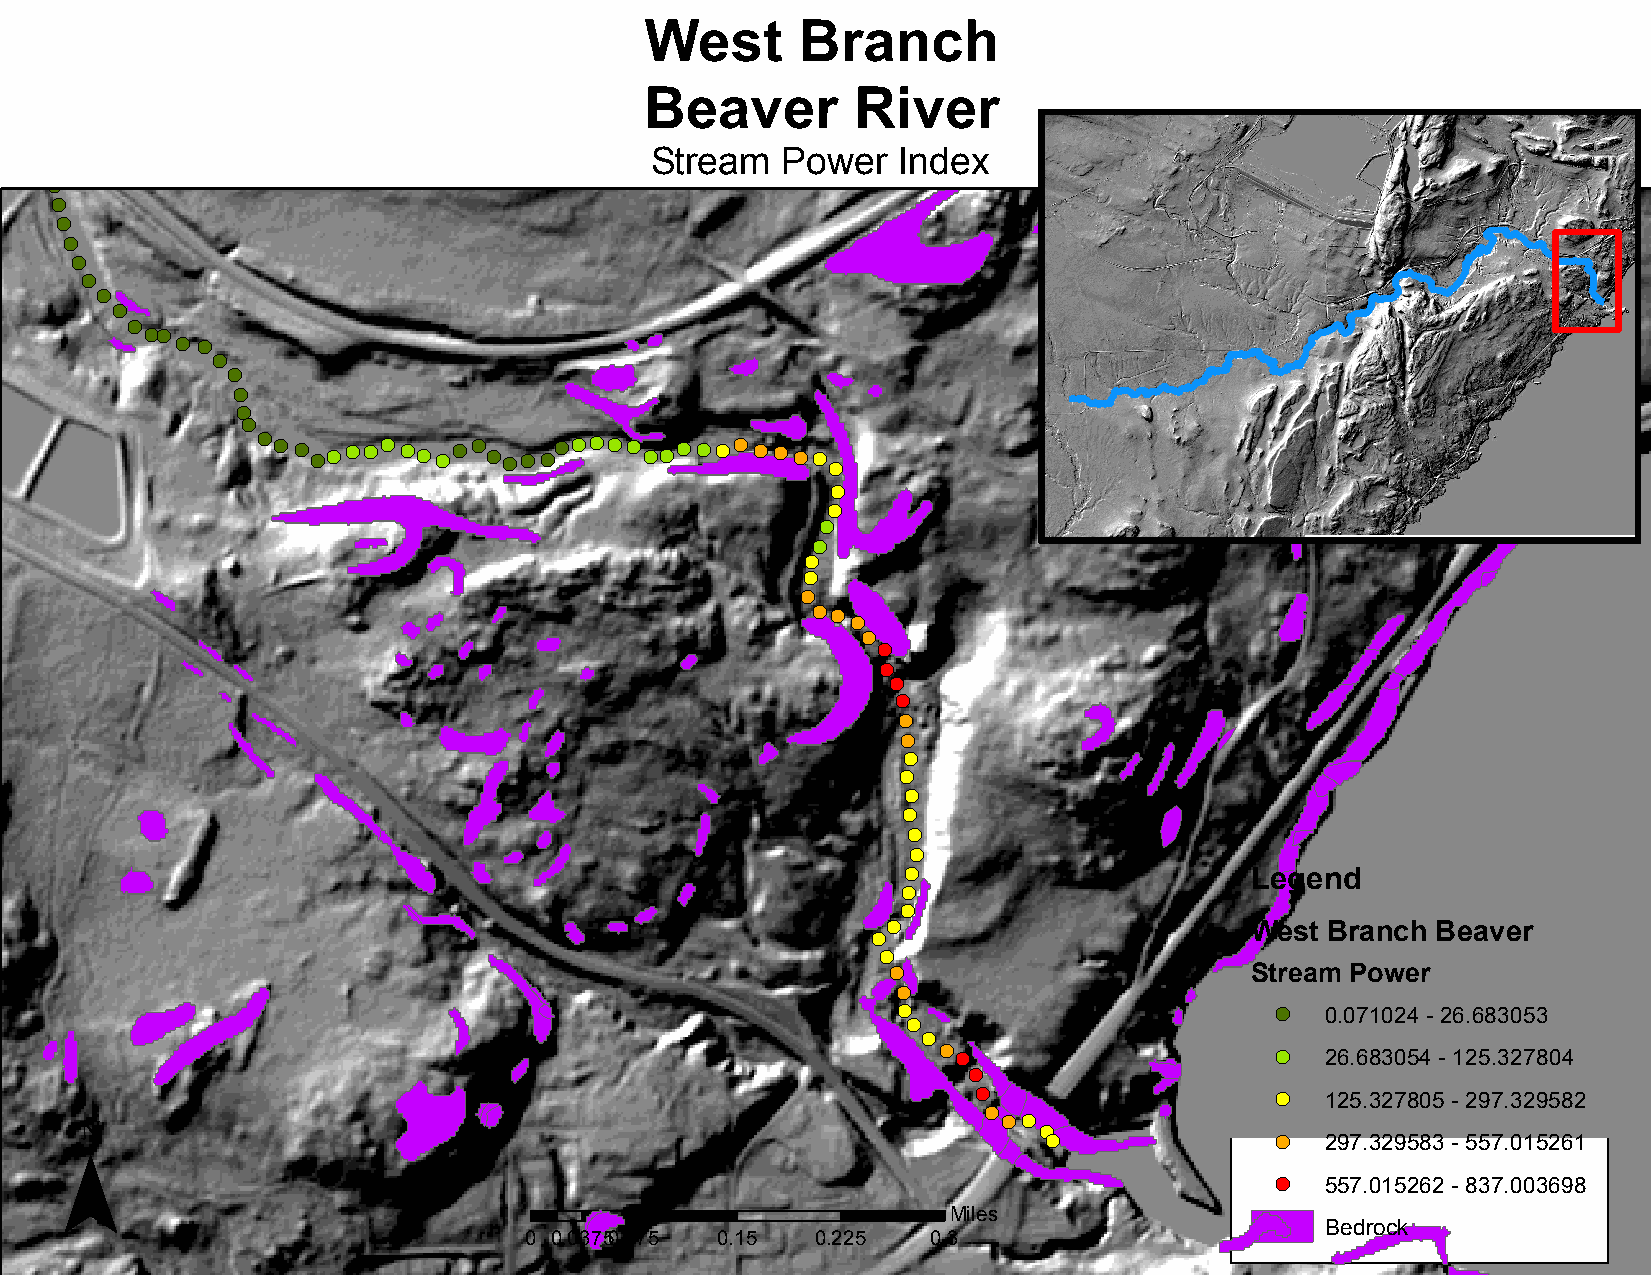
West      Branch
 Beaver        River
 !(
 !( !(                                      Stream   Power  Index
 !(
 !(
 !(
 !(
 !(
 !(
 !(
 !(
 !(
 !(
 !(!(
 !( !(
 !(
 !(
 !(
 !(
 !(
 !( !( !( !(!( !(!(!( !(!( !(!( !( !( !(!( !(!(!(!( !( !( !(!(!( !( !(!( !( !( !( !(
 !(
 !(
 !(
 !(
 !(
 !(
 !(
 !(
 !(!(
 !(
 !(
 !(
 !(
 !(
 !(
 !(
 !(
 !(
 !(
 !(
 !(
 !(
 !(
 !(
 Legend
 !(
 !(
 !( !(                    West Branch Beaver
 !(
 !(                      Stream Power
 !(
 !(                       !(  0.071024 - 26.683053
 !(
 !(
 !( !(                 !(  26.683054 - 125.327804
 !(
 ¯                                                            !(                 !(  125.327805 - 297.329582
 !(
 !( !(
 !(
 !(             !(  297.329583 - 557.015261
 !(  557.015262 - 837.003698
 Miles
 Bedrock
 0 0.03750 .075 0.15 0.225  0.3